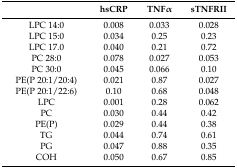
|  | hsCRP | TNFα | sTNFRII |
 | --- | --- | --- | --- |
 | LPC 14:0 | 0.008 | 0.033 | 0.028 |
 | LPC 15:0 | 0.034 | 0.25 | 0.23 |
 | LPC 17.0 | 0.040 | 0.21 | 0.72 |
 | PC 28:0 | 0.078 | 0.027 | 0.053 |
 | PC 30:0 | 0.045 | 0.066 | 0.10 |
 | PE(P 20:1/20:4) | 0.021 | 0.87 | 0.027 |
 | PE(P 20:1/22:6) | 0.10 | 0.68 | 0.048 |
 | LPC | 0.001 | 0.28 | 0.062 |
 | PC | 0.030 | 0.44 | 0.42 |
 | PE(P) | 0.029 | 0.44 | 0.38 |
 | TG | 0.044 | 0.74 | 0.61 |
 | PG | 0.047 | 0.88 | 0.35 |
 | COH | 0.050 | 0.67 | 0.85 |